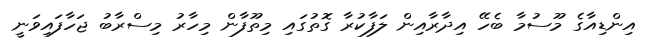
އިންޑިއާގެ މޫސުމާ ބެހޭ އިދާރާއިން ލަފާކުރާ ގޮތުގައި މިތޫފާން މިހާރު މިސްރާބު ޖަހާފައިވަނީ